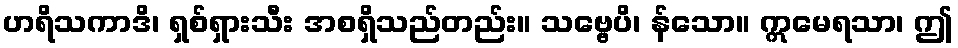
ဟရိသကာဒိ၊ ရှစ်ရှားသီး အစရှိသည်တည်း။ သဗ္ဗေပိ၊ န်သော။ ဣမေရသာ၊ ဤ